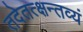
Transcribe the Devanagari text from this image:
तदेतत्क्षन्तव्यं